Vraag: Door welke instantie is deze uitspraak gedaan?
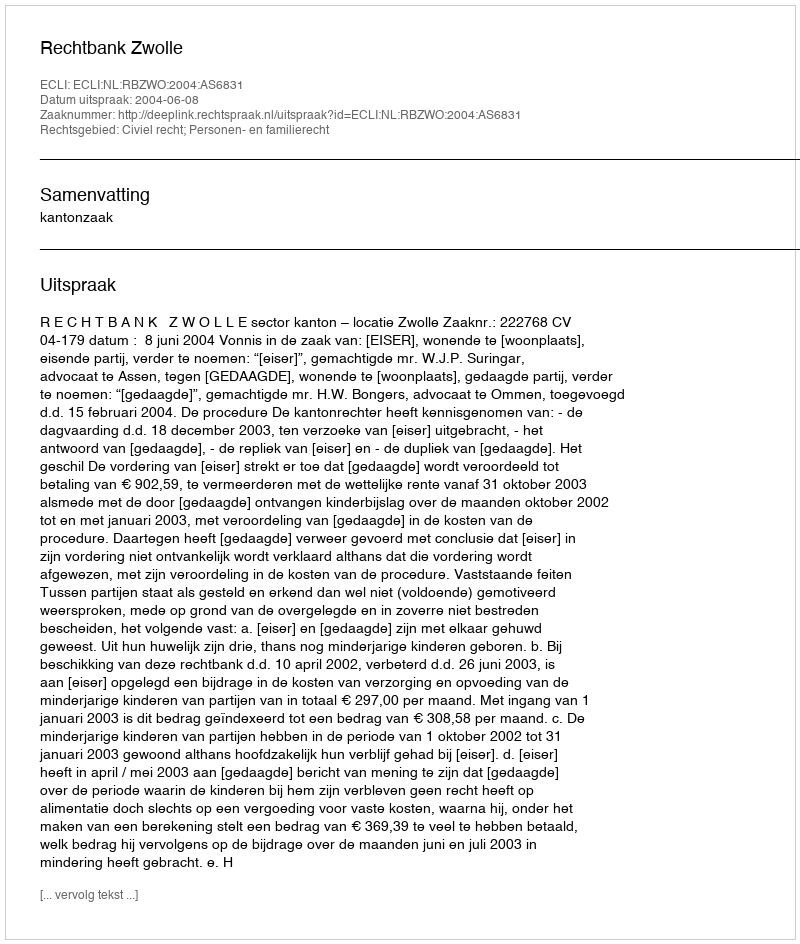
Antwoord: Rechtbank Zwolle